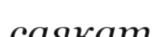
саякат